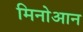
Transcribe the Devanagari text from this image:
मिनोआन